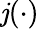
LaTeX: \mathit{j}(\cdot)